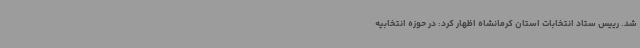
شد. رییس ستاد انتخابات استان کرمانشاه اظهار کرد: در حوزه انتخابیه